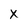
Character: X